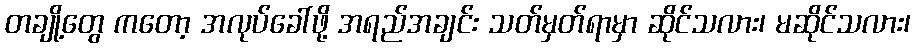
တချို့တွေ ကတော့ အလုပ်ခေါ်ဖို့ အရည်အချင်း သတ်မှတ်ရာမှာ ဆိုင်သလား၊ မဆိုင်သလား၊